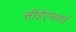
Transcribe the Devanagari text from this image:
सीईएसआई